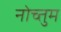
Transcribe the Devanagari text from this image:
नोच्तुम